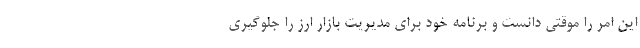
این امر را موقتی ‌دانست و برنامه خود برای مدیریت بازار ارز را جلوگیری